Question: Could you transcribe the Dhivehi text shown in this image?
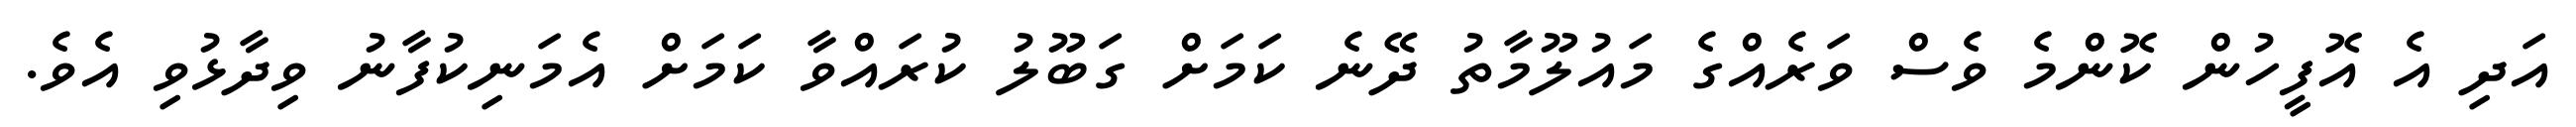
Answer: އަދި އެ އޮފީހުން ކޮންމެ ވެސް ވަރެއްގެ މައުލޫމާތު ދޭނެ ކަމަށް ގަބޫލު ކުރައްވާ ކަމަށް އެމަނިކުފާނު ވިދާޅުވި އެވެ.